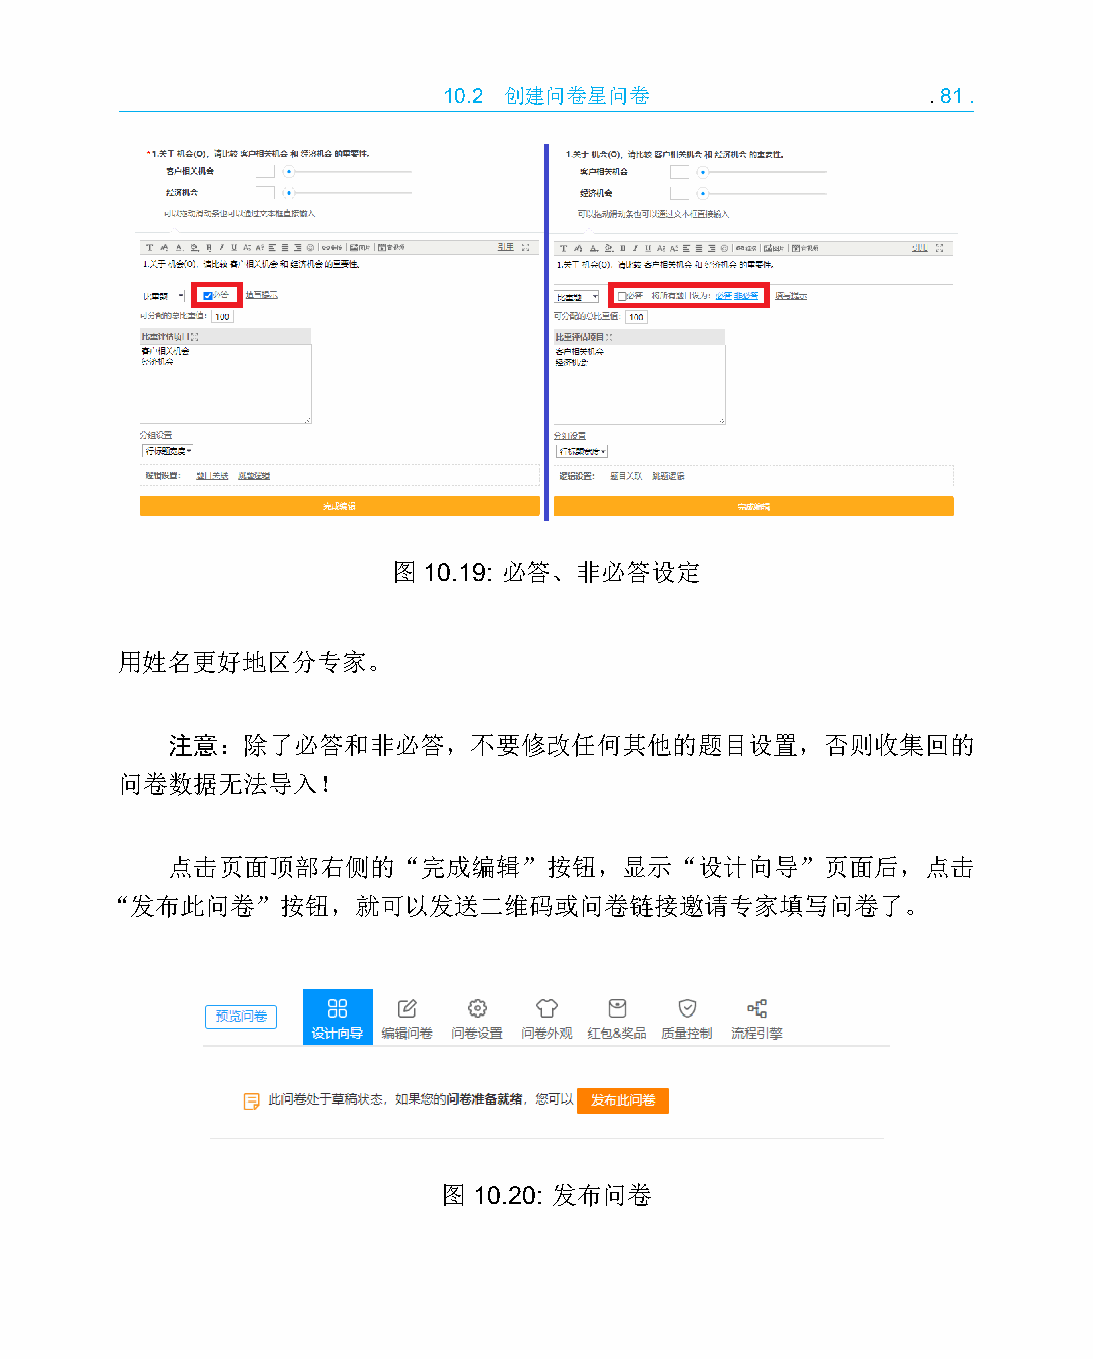
10.2 创建问卷星问卷                    .81.
 图 10.19: 必答、非必答设定
 用姓名更好地区分专家。
 注意：除了必答和非必答，不要修改任何其他的题目设置，否则收集回的
 问卷数据无法导入！
 点击页面顶部右侧的“完成编辑”按钮，显示“设计向导”页面后，点击
 “发布此问卷”按钮，就可以发送二维码或问卷链接邀请专家填写问卷了。
 图 10.20: 发布问卷